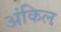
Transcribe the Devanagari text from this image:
अंकिल